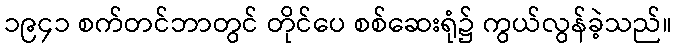
၁၉၄၁ စက်တင်ဘာတွင် တိုင်ပေ စစ်ဆေးရုံ၌ ကွယ်လွန်ခဲ့သည်။